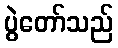
ပွဲတော်သည်